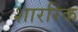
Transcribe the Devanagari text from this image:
शाररिक